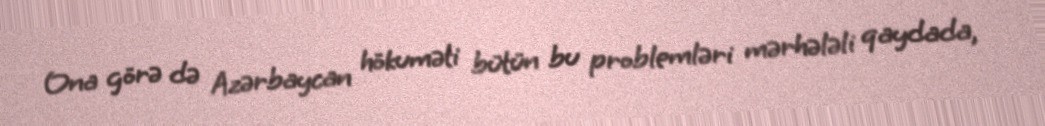
Ona görə də Azərbaycan hökuməti bütün bu problemləri mərhələli qaydada,